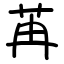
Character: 苒